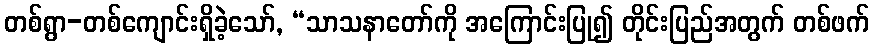
တစ်ရွာ-တစ်ကျောင်းရှိခဲ့သော်, “သာသနာတော်ကို အကြောင်းပြု၍ တိုင်းပြည်အတွက် တစ်ဖက်